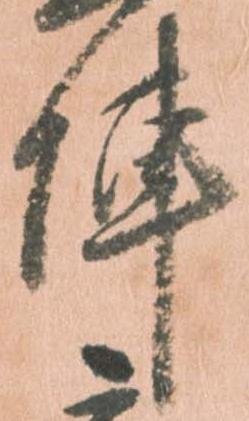
陣